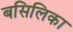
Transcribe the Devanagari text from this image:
बसिलिका